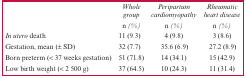
|  | Whole group n (%) | Peripartum cardiomyopathy n (%) | Rheumatic heart disease n (%) |
 | --- | --- | --- | --- |
 | In utero death | 11 (9.3) | 4 (9.8) | 3 (8.6) |
 | Gestation, mean (± SD) | 32 (7.7) | 35.6 (6.9) | 27.2 (8.9) |
 | Born preterm (< 37 weeks gestation) | 51 (71.8) | 14 (34.1) | 15 (42.9) |
 | Low birth weight (< 2 500 g) | 37 (64.5) | 10 (24.3) | 11 (31.4) |